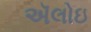
ઍલોઇ